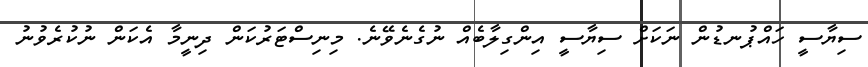
ސިޔާސީ ހައްޕުނޑުން ނަކަށް ސިޔާސީ އިންގިލާބެއް ނުގެނެވޭނެ. މިނިސްޓަރުކަން ދިނީމާ އެކަން ނުކުރެވުނު